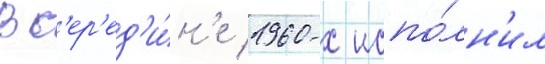
В с'ер'ед'и́н'е 1960-х испо́лн'ил